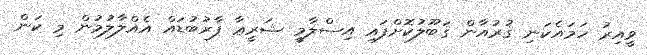
ވީއިރު ހަމައެކަނި ޤުރުއާން ޤަބޫލުކޮށްފައި އިސްލާމީ ޝަރީޢާ ފާރުބުޑައް އެއްލާލުމުން މި ކަން